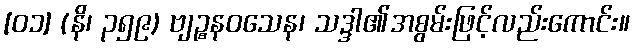
[၀၁] (နိ၊ ၃၅၉) ဗျဉ္စနဝသေန၊ သဒ္ဒါ၏အစွမ်းဖြင့်လည်းကောင်း။